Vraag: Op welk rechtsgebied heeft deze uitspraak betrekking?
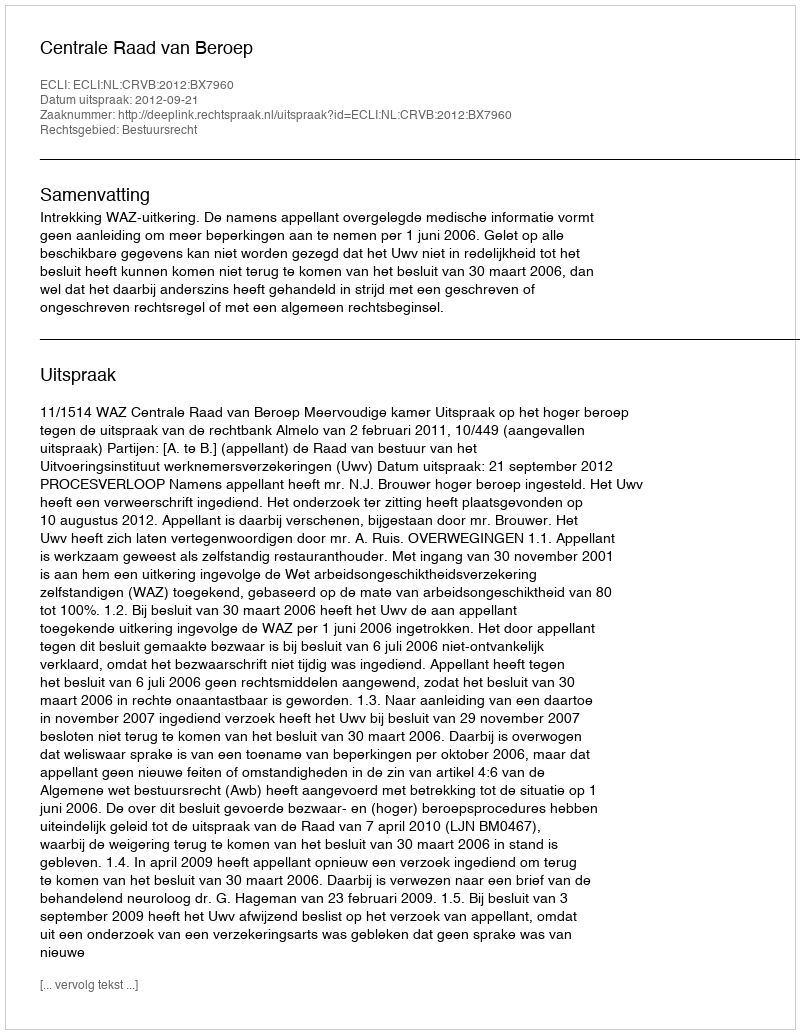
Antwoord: Bestuursrecht